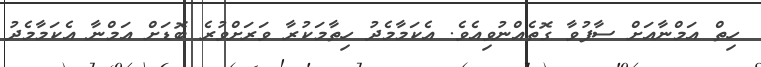
ހިތް އަމްނާއަށް ސާފުވާ ގޮތެއްނުވިއެވެ. އެކަމާމެދު ހިތާމަކުރާ ވަރަށްވުރެ ބޮޑަށް އަމްނާ އެކަމާމެދު